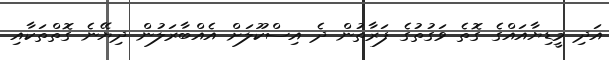
އަދި މީޑިޔާއައްގެ ގޮތެ ވަގުތުގެ ފަރާތުން ދެ އިސްކޫލަށް އެއްބާރަލުން ދިޔޭނެ ގޮތްތަކާއި